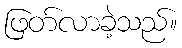
ဖြတ်လာခဲ့သည်။